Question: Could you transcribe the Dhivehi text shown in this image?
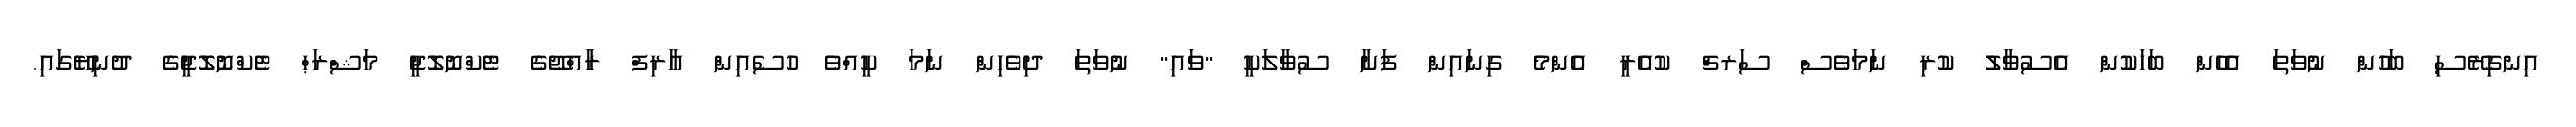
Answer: އިނގިރޭސި ބަހުން ނުވަތަ އެހެން ބަހަކުން އެސުވާލު ކުރި ނަމަވެސް ސަރޗް ކުއެރީ އެންމެ ގިނައިން ފަށާ ސުވާލަކީ "ވައި" ނުވަތަ ދިވެހިން ނަމަ ކީއްވެ ހުސެއިން އާރިފް ރާއްޖޭގެ ޓެކްނޮލޮޖީ މަޝްރަޙް ޓެކްނޮލޮޖީގެ ދުނިޔޭގައި.